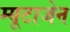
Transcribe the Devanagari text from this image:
म्यूटाजेन